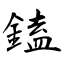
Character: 鎑